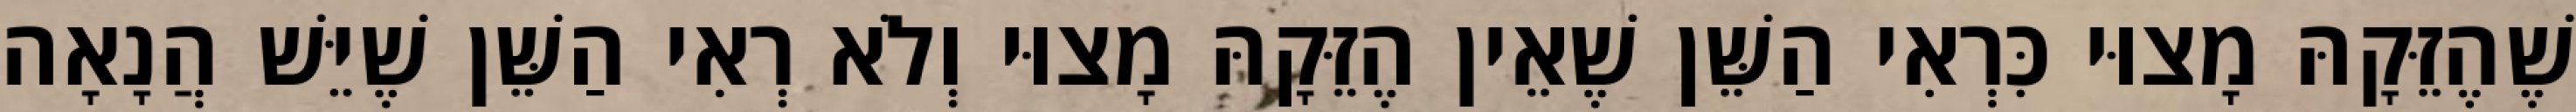
שֶׁהֶזֵּקָהּ מָצוּי כִּרְאִי הַשֵּׁן שֶׁאֵין הֶזֵּקָהּ מָצוּי וְלֹא רְאִי הַשֵּׁן שֶׁיֵּשׁ הֲנָאָה